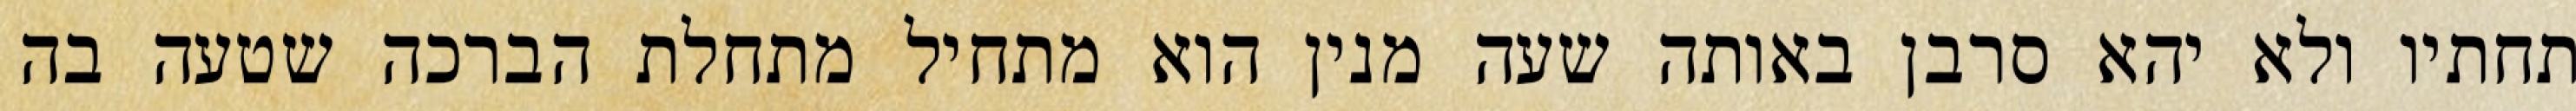
תחתיו ולא יהא סרבן באותה שעה מנין הוא מתחיל מתחלת הברכה שטעה בה